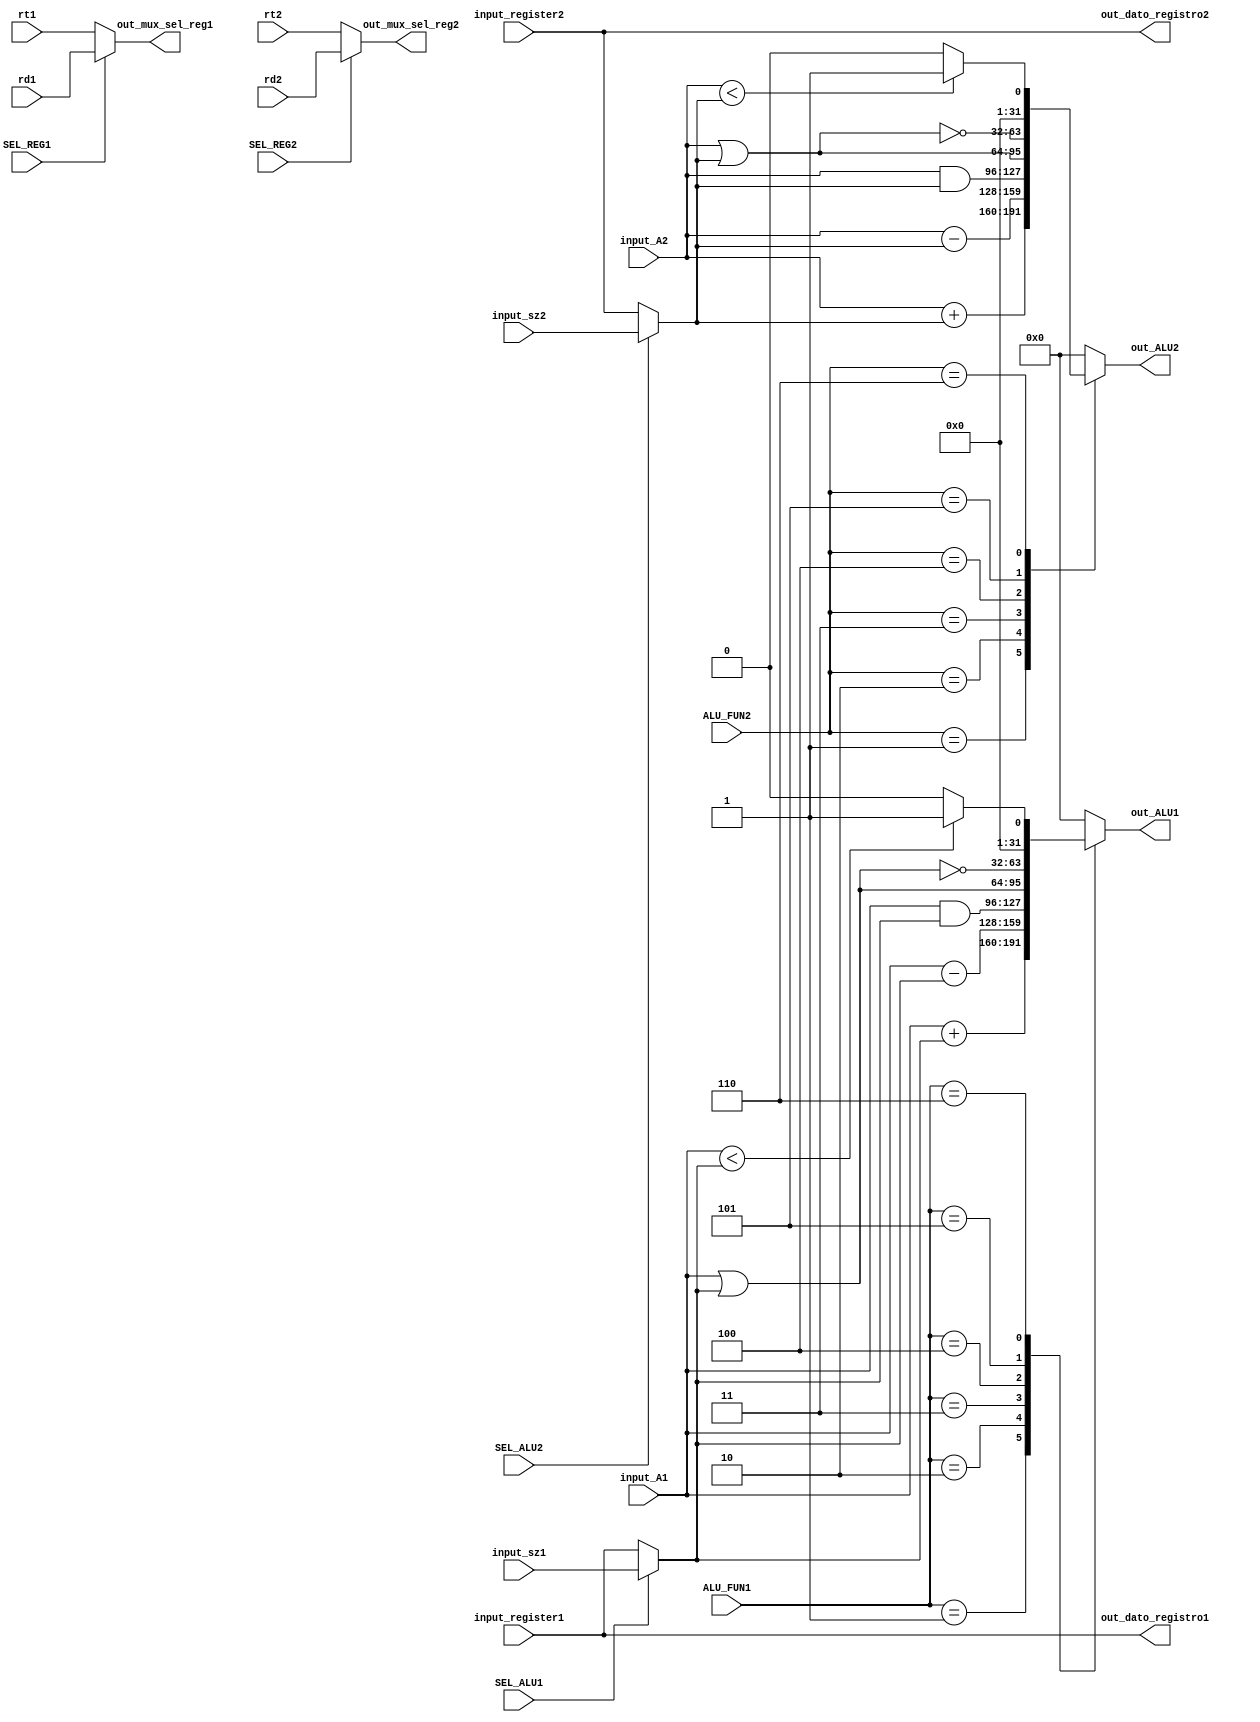
`timescale 1ns / 1ps
//////////////////////////////////////////////////////////////////////////////////
// Company:
// Engineer:
// Design Name:
// Module Name: execute
//////////////////////////////////////////////////////////////////////////////////


module execute(
    input [2:0] ALU_FUN1, ALU_FUN2,
    input [31:0] input_A1, input_sz1, input_register1, input_A2, input_sz2, input_register2,
    input [4:0] rt1, rd1, rt2, rd2,
    input SEL_ALU1 ,SEL_REG1, SEL_ALU2, SEL_REG2,


    output [31:0] out_ALU1, out_dato_registro1, out_ALU2, out_dato_registro2,
    output [4:0] out_mux_sel_reg1, out_mux_sel_reg2
    );


    reg [31:0] out_alu1;
    wire [31:0] input_B1;

    reg [31:0] out_alu2;
    wire [31:0] input_B2;


    ///////////// mux alu
     assign input_B1 = SEL_ALU1 ? input_sz1 : input_register1;
     assign input_B2 = SEL_ALU2 ? input_sz2 : input_register2;


    ////////// ALU
    always @(ALU_FUN1, input_A1, input_B1)
    begin
    case (ALU_FUN1)
        3'b001:
            out_alu1 = input_A1 + input_B1;
        3'b010:
            out_alu1 = input_A1 - input_B1;
        3'b011:
            out_alu1 = input_A1 & input_B1;
        3'b100:
            out_alu1 = input_A1 | input_B1;
        3'b101:
            out_alu1 = ~(input_A1 | input_B1);
        3'b110:
            if (input_A1 < input_B1)
                out_alu1 = 1;
            else
                out_alu1 = 0;
        default:
            out_alu1 = 32'b0;
    endcase
    end

    always @(ALU_FUN2, input_A2, input_B2)
    begin
    case (ALU_FUN2)
        3'b001:
            out_alu2 = input_A2 + input_B2;
        3'b010:
            out_alu2 = input_A2 - input_B2;
        3'b011:
            out_alu2 = input_A2 & input_B2;
        3'b100:
            out_alu2 = input_A2 | input_B2;
        3'b101:
            out_alu2 = ~(input_A2 | input_B2);
        3'b110:
            if (input_A2 < input_B2)
                out_alu2 = 1;
            else
                out_alu2 = 0;
        default:
            out_alu2 = 32'b0;
    endcase
    end


  /////////// mux sel_reg
  assign out_mux_sel_reg1 = SEL_REG1 ? rd1 : rt1;
  assign out_mux_sel_reg2 = SEL_REG2 ? rd2 : rt2;


  //////// asignar salidas
  assign out_ALU1 = out_alu1;
  assign out_dato_registro1 = input_register1;

  assign out_ALU2 = out_alu2;
  assign out_dato_registro2 = input_register2;


endmodule